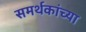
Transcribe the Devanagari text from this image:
समर्थकांच्या